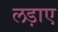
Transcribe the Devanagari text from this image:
लड़ाए